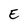
Character: E